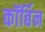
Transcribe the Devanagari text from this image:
कॉर्बिन